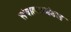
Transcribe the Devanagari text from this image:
संचालकमंडल